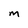
Character: M